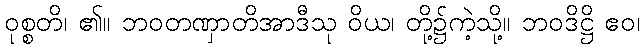
ဝုစ္စတိ၊ ၏။ ဘဝတဏှာတိအာဒီသု ဝိယ၊ တို့၌ကဲ့သို့။ ဘဝဒိဋ္ဌိ ဧဝ၊